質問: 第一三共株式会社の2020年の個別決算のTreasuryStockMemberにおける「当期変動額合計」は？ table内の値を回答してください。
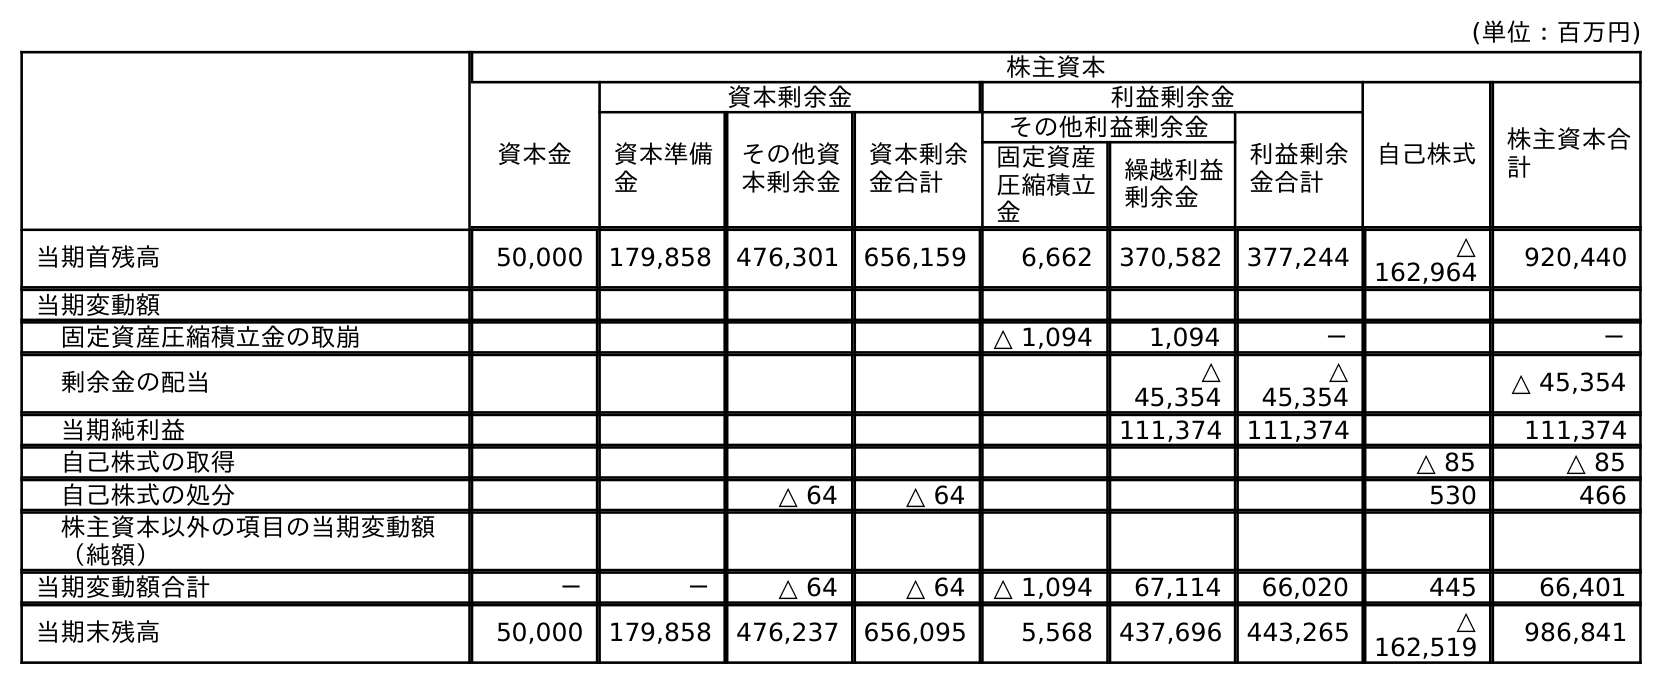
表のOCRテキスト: (単位：百万円) 株主資本 資本金 資本剰余金 利益剰余金 自己株式 株主資本合 計 資本準備 金 その他資 本剰余金 資本剰余 金合計 その他利益剰余金 利益剰余 金合計 固定資産 圧縮積立 金 繰越利益 剰余金 当期首残高 50,000 179,858 476,301 656,159 6,662 370,582 377,244 △ 162,964 920,440 当期変動額 固定資産圧縮積立金の取崩 △ 1,094 1,094 － － 剰余金の配当 △ 45,354 △ 45,354 △ 45,354 当期純利益 111,374 111,374 111,374 自己株式の取得 △ 85 △ 85 自己株式の処分 △ 64 △ 64 530 466 株主資本以外の項目の当期変動額 （純額） 当期変動額合計 － － △ 64 △ 64 △ 1,094 67,114 66,020 445 66,401 当期末残高 50,000 179,858 476,237 656,095 5,568 437,696 443,265 △ 162,519 986,841
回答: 445